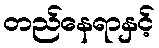
တည်နေရာနှင့်